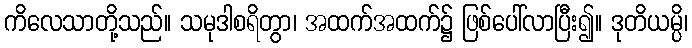
ကိလေသာတို့သည်။ သမုဒါစရိတွာ၊ အထက်အထက်၌ ဖြစ်ပေါ်လာပြီး၍။ ဒုတိယမ္ပိ၊